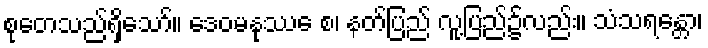
စုတေသည်ရှိသော်။ ဒေဝမနုဿေ စ၊ နတ်ပြည် လူ့ပြည်၌လည်း။ သံသရန္တော၊